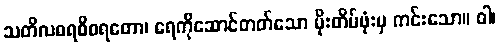
သတိလဓရဝိဝရတော၊ ရေကိုဆောင်တတ်သော မိုးတိမ်ဖုံးမှ ကင်းသော။ ဝါ၊